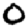
Digit: 0